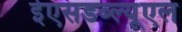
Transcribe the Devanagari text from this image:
ईएसडब्ल्यूएल